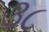
૩૮